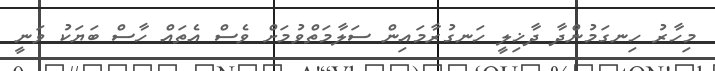
މިހާރު ހިނގަމުންދާ ދާޚިލީ ހަނގުރާމައިން ސަލާމަތްވުމަށް ވެސް އެތައް ހާސް ބަޔަކު ވަނީ